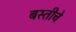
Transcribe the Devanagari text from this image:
बस्तीचे